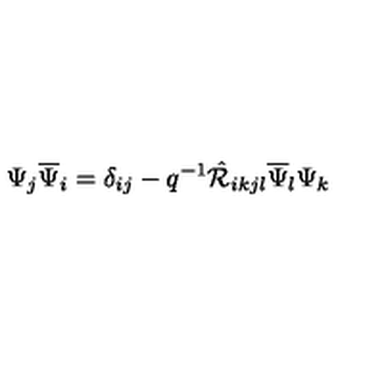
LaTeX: \Psi _ { j } \overline { { \Psi } } _ { i } = \delta _ { i j } - q ^ { - 1 } \hat { { \cal R } } _ { i k j l } \overline { { \Psi } } _ { l } \Psi _ { k }